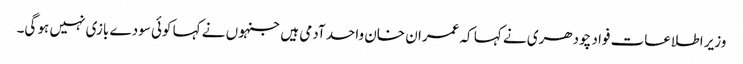
وزیر اطلاعات فواد چودھری نے کہا کہ عمران خان واحد آدمی ہیں جنہوں نے کہا کوئی سودے بازی نہیں ہو گی۔